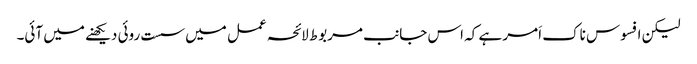
لیکن افسوس ناک اَمر ہے کہ اس جانب مربوط لائحہ عمل میں سست روئی دیکھنے میں آئی۔